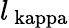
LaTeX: l_{\mathrm{\ kappa}}